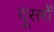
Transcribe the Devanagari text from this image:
दूसरोँ